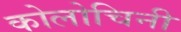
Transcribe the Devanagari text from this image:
कोलोचिनी